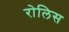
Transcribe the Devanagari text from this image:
रोलिस